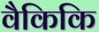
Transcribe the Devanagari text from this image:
वैकिकि